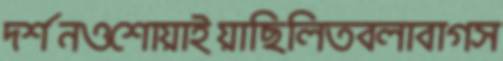
দর্শনওশোয়াইয়াছিলিতবলাবাগস